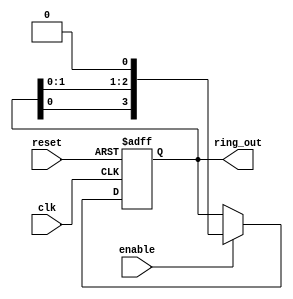
module RingCounter_with_Enable (
    input wire clk,
    input wire reset,
    input wire enable,
    output reg [n-1:0] ring_out
);

parameter n = 4; // Number of flip-flops in the ring counter

reg [n-1:0] ring_reg;
reg [n-1:0] next_ring_reg;

always @ (posedge clk or posedge reset) begin
    if (reset) begin
        ring_reg <= 0;
    end else begin
        if (enable) begin
            next_ring_reg = ring_reg << 1;
            next_ring_reg[n-1] = ring_reg[0]; // Connect last flip-flop to first flip-flop
            ring_reg <= next_ring_reg;
        end
    end
end

assign ring_out = ring_reg;

endmodule